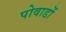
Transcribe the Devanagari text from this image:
पोवाडों